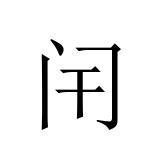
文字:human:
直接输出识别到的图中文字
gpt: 闬